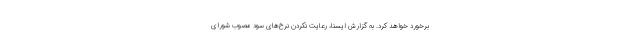
برخورد خواهد کرد. به گزارش ایسنا، رعایت نکردن نرخ‌های سود مصوب شورای